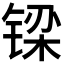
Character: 𮸓